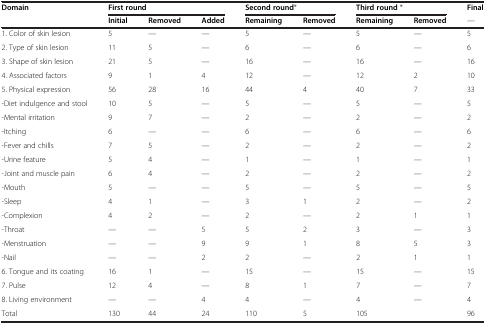
<table><thead><tr><td><b>Domain</b></td><td colspan="3"><b>First round</b></td><td colspan="2"><b>Second round*</b></td><td colspan="2"><b>Third round *</b></td><td><b>Final</b></td></tr><tr><td><b> </b></td><td><b>Initial</b></td><td><b>Removed</b></td><td><b>Added</b></td><td><b>Remaining</b></td><td><b>Removed</b></td><td><b>Remaining</b></td><td><b>Removed</b></td><td><b>—</b></td></tr></thead><tbody><tr><td>1. Color of skin lesion</td><td>5</td><td>—</td><td>—</td><td>5</td><td>—</td><td>5</td><td>—</td><td>5</td></tr><tr><td>2. Type of skin lesion</td><td>11</td><td>5</td><td>—</td><td>6</td><td>—</td><td>6</td><td>—</td><td>6</td></tr><tr><td>3. Shape of skin lesion</td><td>21</td><td>5</td><td>—</td><td>16</td><td>—</td><td>16</td><td>—</td><td>16</td></tr><tr><td>4. Associated factors</td><td>9</td><td>1</td><td>4</td><td>12</td><td>—</td><td>12</td><td>2</td><td>10</td></tr><tr><td>5. Physical expression</td><td>56</td><td>28</td><td>16</td><td>44</td><td>4</td><td>40</td><td>7</td><td>33</td></tr><tr><td>-Diet indulgence and stool</td><td>10</td><td>5</td><td>—</td><td>5</td><td>—</td><td>5</td><td>—</td><td>5</td></tr><tr><td>-Mental irritation</td><td>9</td><td>7</td><td>—</td><td>2</td><td>—</td><td>2</td><td>—</td><td>2</td></tr><tr><td>-Itching</td><td>6</td><td>—</td><td>—</td><td>6</td><td>—</td><td>6</td><td>—</td><td>6</td></tr><tr><td>-Fever and chills</td><td>7</td><td>5</td><td>—</td><td>2</td><td>—</td><td>2</td><td>—</td><td>2</td></tr><tr><td>-Urine feature</td><td>5</td><td>4</td><td>—</td><td>1</td><td>—</td><td>1</td><td>—</td><td>1</td></tr><tr><td>-Joint and muscle pain</td><td>6</td><td>4</td><td>—</td><td>2</td><td>—</td><td>2</td><td>—</td><td>2</td></tr><tr><td>-Mouth</td><td>5</td><td>—</td><td>—</td><td>5</td><td>—</td><td>5</td><td>—</td><td>5</td></tr><tr><td>-Sleep</td><td>4</td><td>1</td><td>—</td><td>3</td><td>1</td><td>2</td><td>—</td><td>2</td></tr><tr><td>-Complexion</td><td>4</td><td>2</td><td>—</td><td>2</td><td>—</td><td>2</td><td>1</td><td>1</td></tr><tr><td>-Throat</td><td>—</td><td>—</td><td>5</td><td>5</td><td>2</td><td>3</td><td>—</td><td>3</td></tr><tr><td>-Menstruation</td><td>—</td><td>—</td><td>9</td><td>9</td><td>1</td><td>8</td><td>5</td><td>3</td></tr><tr><td>-Nail</td><td>—</td><td>—</td><td>2</td><td>2</td><td>—</td><td>2</td><td>1</td><td>1</td></tr><tr><td>6. Tongue and its coating</td><td>16</td><td>1</td><td>—</td><td>15</td><td>—</td><td>15</td><td>—</td><td>15</td></tr><tr><td>7. Pulse</td><td>12</td><td>4</td><td>—</td><td>8</td><td>1</td><td>7</td><td>—</td><td>7</td></tr><tr><td>8. Living environment</td><td>—</td><td>—</td><td>4</td><td>4</td><td>—</td><td>4</td><td>—</td><td>4</td></tr><tr><td>Total</td><td>130</td><td>44</td><td>24</td><td>110</td><td>5</td><td>105</td><td> </td><td>96</td></tr></tbody></table>